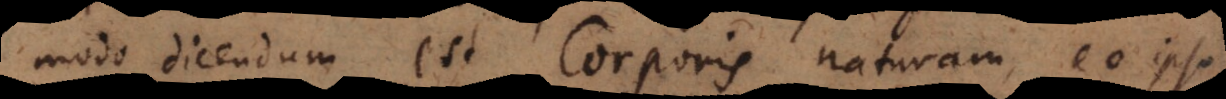
modo dicendum est Corporis naturam, eo ipso